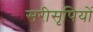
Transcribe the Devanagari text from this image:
सरीसृपियों